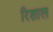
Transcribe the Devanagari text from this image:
रिशाल